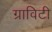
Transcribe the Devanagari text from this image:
ग्राविटी